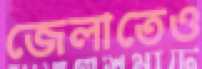
জেলাতেও